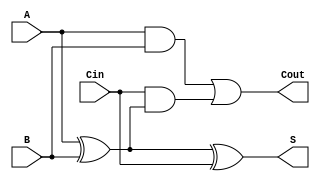
`timescale 1ns / 1ns
//////////////////////////////////////////////////////////////////////////////////
//  
// Made by: Ali Nowrouzi and Ahmad Foroughi 
// 
//////////////////////////////////////////////////////////////////////////////////
module one_bit_full_adder(S,Cout,A,B,Cin
    );

	output S,Cout;
	input A, B, Cin;
	
	wire t1, t2, t3;
	
	assign #10 t1= A^B;
	assign #5 t2= A & B;
	assign #5 t3= Cin & t1;
	
	assign #10 S = t1^Cin;
	assign #5 Cout= t2 | t3;
endmodule